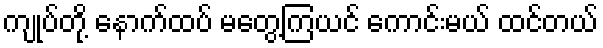
ကျုပ်တို့ နောက်ထပ် မတွေ့ကြယင် ကောင်းမယ် ထင်တယ်